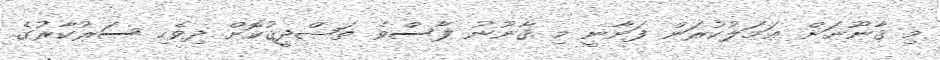
މި ޤާނޫނަށް ޢަމަލުކުރަން ފަށާނީ މި ޤާނޫނު ފާސްވެ ތަޞްދީޤުކޮށް ދިވެހި ސަރުކާރުގެ